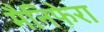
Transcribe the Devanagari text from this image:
मैनिफेरा